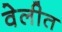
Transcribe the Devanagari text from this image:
वेलीत